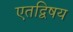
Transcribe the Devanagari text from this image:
एतद्विषय